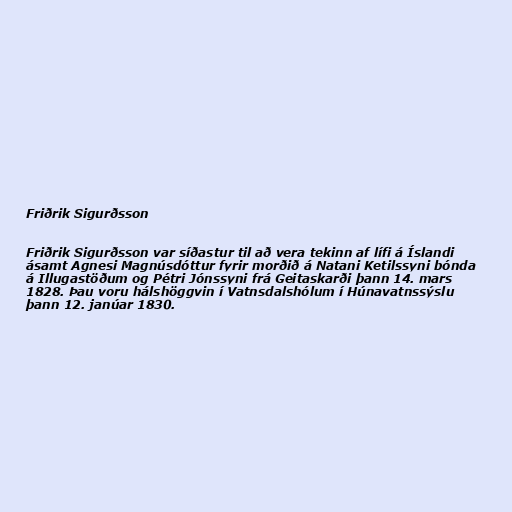
Friðrik Sigurðsson

Friðrik Sigurðsson var síðastur til að vera tekinn af lífi á Íslandi
ásamt Agnesi Magnúsdóttur fyrir morðið á Natani Ketilssyni bónda
á Illugastöðum og Pétri Jónssyni frá Geitaskarði þann 14. mars
1828. Þau voru hálshöggvin í Vatnsdalshólum í Húnavatnssýslu
þann 12. janúar 1830.